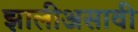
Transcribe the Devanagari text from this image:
झालीअसावी